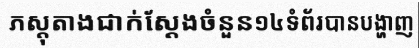
ភស្តុតាងជាក់ស្តែងចំនួន១៤ទំព័របានបង្ហាញ